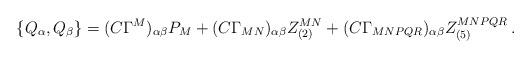
LaTeX: \begin{align*}\{Q_\alpha,Q_\beta\} = (C\Gamma^M)_{\alpha\beta} P_M + (C\Gamma_{MN})_{\alpha\beta} Z_{(2)}^{MN} + (C\Gamma_{MNPQR})_{\alpha\beta}Z_{(5)}^{MNPQR}\, .\end{align*}